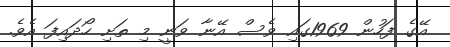
އޭގެ ފަހުން 1969ގައި ވެސް އޭނާ ވަނީ މި ތަށި ހޯދައިފަ އެވެ.